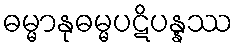
ဓမ္မာနုဓမ္မပဋိပန္နဿ